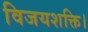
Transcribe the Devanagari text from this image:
विजयशक्ति।